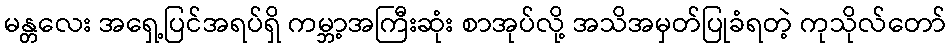
မန္တလေး အရှေ့ပြင်အရပ်ရှိ ကမ္ဘာ့အကြီးဆုံး စာအုပ်လို့ အသိအမှတ်ပြုခံရတဲ့ ကုသိုလ်တော်